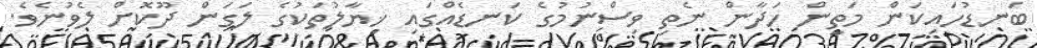
ބަނޑުހައިކަން މަތީން ހަދާން ނެތި ވިސްނުމުގެ ކަނޑެއްގައި ޚިޔާލުތަކުގެ ލަގަން ދޫކޮށް ލެވުނެވެ.